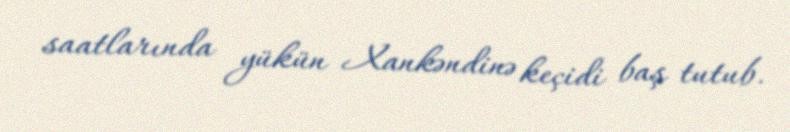
saatlarında yükün Xankəndinə keçidi baş tutub.